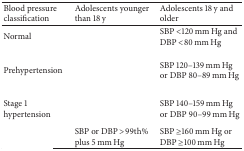
<table><thead><tr><td><b>Blood pressure classification</b></td><td><b>Adolescents younger than 18 y</b></td><td><b>Adolescents 18 y and older</b></td></tr></thead><tbody><tr><td>Normal</td><td>[EMPTY_CELL]</td><td> SBP &lt;120 mm Hg and DBP &lt;80 mm Hg</td></tr><tr><td>Prehypertension</td><td>[EMPTY_CELL]</td><td> SBP 120–139 mm Hg or DBP 80–89 mm Hg</td></tr><tr><td>Stage 1 hypertension</td><td>[EMPTY_CELL]</td><td> SBP 140–159 mm Hg or DBP 90–99 mm Hg</td></tr><tr><td>[EMPTY_CELL]</td><td>SBP or DBP &gt;99th% plus 5 mm Hg</td><td>SBP ≥160 mm Hg or DBP ≥100 mm Hg</td></tr></tbody></table>